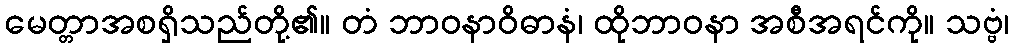
မေတ္တာအစရှိသည်တို့၏။ တံ ဘာဝနာဝိဓာနံ၊ ထိုဘာဝနာ အစီအရင်ကို။ သဗ္ဗံ၊